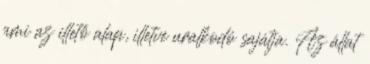
ami az illető alap, illetve uralkodó sajátja. Az állat